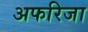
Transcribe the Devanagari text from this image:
अफरिजा